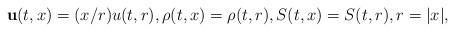
LaTeX: \begin{align*}\mathbf{u}(t,x)=(x/r)u(t,r), \rho(t,x)=\rho(t,r), S(t,x)=S(t,r), r=|x|,\end{align*}